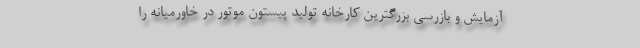
آزمایش و بازرسی بزرگترین کارخانه تولید پیستون موتور در خاورمیانه را